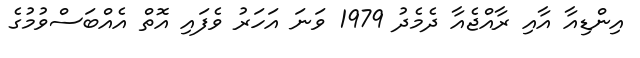
އިންޑިއާ އާއި ރާއްޖެއާ ދެމެދު 1979 ވަނަ އަހަރު ވެފައި އޮތް އެއްބަސްވުމުގެ